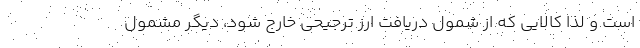
است و لذا کالایی که از شمول دریافت ارز ترجیحی خارج شود، دیگر مشمول